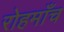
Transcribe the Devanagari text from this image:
रोहमाँच